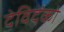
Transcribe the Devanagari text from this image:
देविदेंको